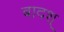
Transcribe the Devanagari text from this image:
बादश्